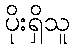
ပိုးရှိသူ